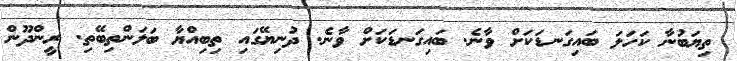
ތިޔަބުނާ ކަހަލަ ބައިގަނޑަކަށް ވާނެ. ބައިގަނޑަކަށް ވާނެ. ދުނިޔޭގައި ތިބިއްޔާ ބަލަންތިބޭތި. ރީންދޫން